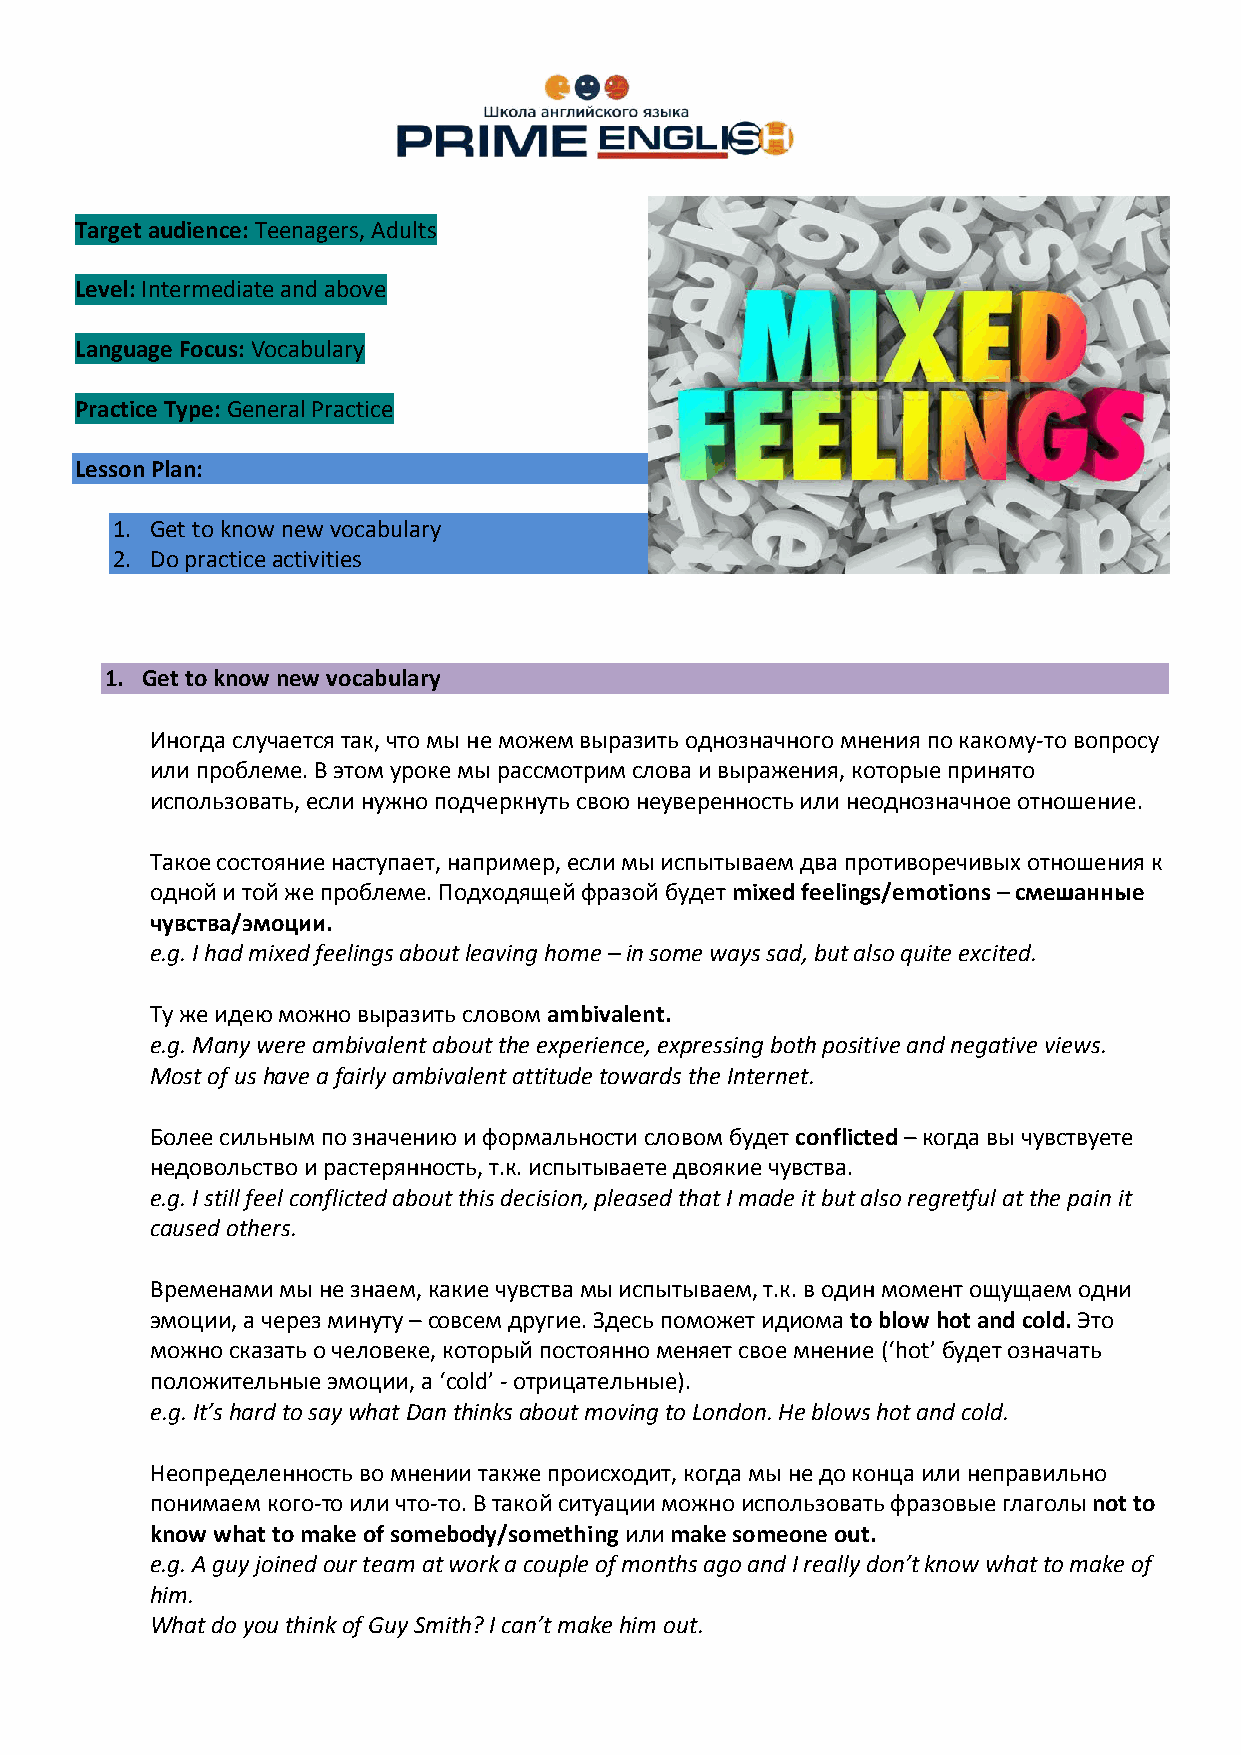
Target audience: Teenagers, Adults
 Level: Intermediate and above
 Language Focus: Vocabulary
 Practice Type: General Practice
 Lesson Plan:
 1. Get to know new vocabulary
 2. Do practice activities
 1. Get to know new vocabulary
 Иногда случается так, что мы не можем выразить однозначного мнения по какому-то вопросу
 или проблеме. В этом уроке мы рассмотрим слова и выражения, которые принято
 использовать, если нужно подчеркнуть свою неуверенность или неоднозначное отношение.
 Такое состояние наступает, например, если мы испытываем два противоречивых отношения к
 одной и той же проблеме. Подходящей фразой будет mixed feelings/emotions – смешанные
 чувства/эмоции.
 e.g. I had mixed feelings about leaving home – in some ways sad, but also quite excited.
 Ту же идею можно выразить словом ambivalent.
 e.g. Many were ambivalent about the experience, expressing both positive and negative views.
 Most of us have a fairly ambivalent attitude towards the Internet.
 Более сильным по значению и формальности словом будет conflicted – когда вы чувствуете
 недовольство и растерянность, т.к. испытываете двоякие чувства.
 e.g. I still feel conflicted about this decision, pleased that I made it but also regretful at the pain it
 caused others.
 Временами мы не знаем, какие чувства мы испытываем, т.к. в один момент ощущаем одни
 эмоции, а через минуту – совсем другие. Здесь поможет идиома to blow hot and cold. Это
 можно сказать о человеке, который постоянно меняет свое мнение (‘hot’ будет означать
 положительные эмоции, а ‘cold’ - отрицательные).
 e.g. It’s hard to say what Dan thinks about moving to London. He blows hot and cold.
 Неопределенность во мнении также происходит, когда мы не до конца или неправильно
 понимаем кого-то или что-то. В такой ситуации можно использовать фразовые глаголы not to
 know what to make of somebody/something или make someone out.
 e.g. A guy joined our team at work a couple of months ago and I really don’t know what to make of
 him.
 What do you think of Guy Smith? I can’t make him out.